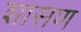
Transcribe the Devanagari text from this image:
शासण